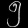
Digit: ၅